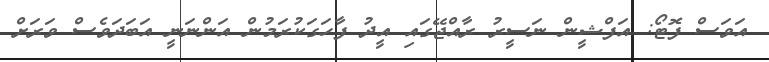
އަވަސް ފޮޓޯ: އަފްޝީން ނަސީރު ރާއްޖޭގައި އީދު ފާހަގަކުރަމުން އަންނަނީ އަބަދަވެސް ވަރަށް